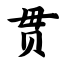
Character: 贯